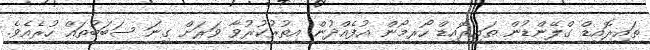
ތައިރޮއިޑް ގްލޭންޑުން ތައިރޮއިޑް ހޯރމޯން އުފެއްދުން އިތުރުކުރުވާ ވަރަށް ގިނަ ސަބަބުތައް ހުރެއެވެ.